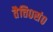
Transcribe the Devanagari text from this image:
तैत्ति०सं०